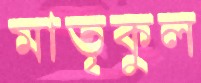
মাতৃকুল